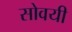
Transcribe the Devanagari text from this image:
सोवयी